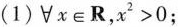
(1)$$\forall x \in \mathbf { R } , x ^ { 2 } > 0$$；